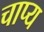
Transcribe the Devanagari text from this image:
चाप्य